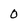
Character: 0